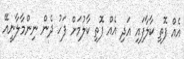
އެއް ފޮތި ކާލާފައި އަދި އެއް ފޮތި ކާލުމަށް ފަހު ދެން ނިންމާލާނީއޭ